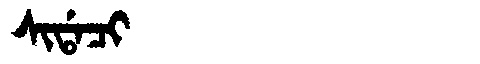
Manchu: ᠰᡳᡩᠠᠴᡳ
Romanization: SIDACI